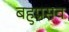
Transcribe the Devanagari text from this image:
बहुप्रसव